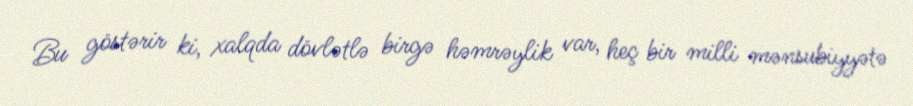
Bu göstərir ki, xalqda dövlətlə birgə həmrəylik var, heç bir milli mənsubiyyətə